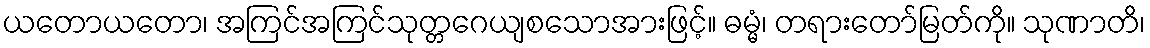
ယတောယတော၊ အကြင်အကြင်သုတ္တဂေယျစသောအားဖြင့်။ ဓမ္မံ၊ တရားတော်မြတ်ကို။ သုဏာတိ၊